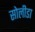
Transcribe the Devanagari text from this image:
सोलीडा